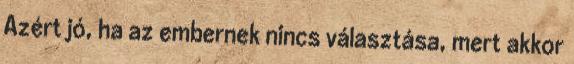
Azért jó, ha az embernek nincs választása, mert akkor